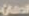
المعالي